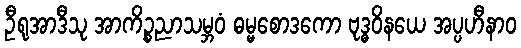
ဦရုအာဒီသု အာကိဉ္စညာသမ္ဘဝံ ဓမ္မစောဒကော ဗုဒ္ဓဝိနယေ အပ္ပဟီနာဝ